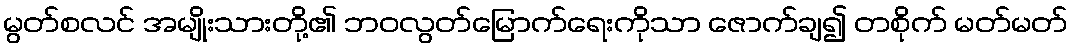
မွတ်စလင် အမျိုးသားတို့၏ ဘဝလွတ်မြောက်ရေးကိုသာ ဇောက်ချ၍ တစိုက် မတ်မတ်